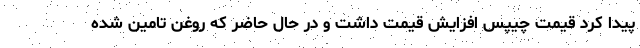
پيدا كرد قيمت چيپس افزايش قيمت داشت و در حال حاضر كه روغن تامين شده